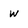
Character: w